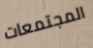
المجتمعات